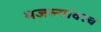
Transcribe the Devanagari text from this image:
मजल्यांवरच